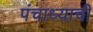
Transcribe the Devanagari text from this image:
पंचाध्याची